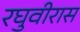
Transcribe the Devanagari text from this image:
रघुवीरास